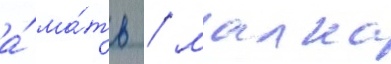
а́ ма́ть / малка